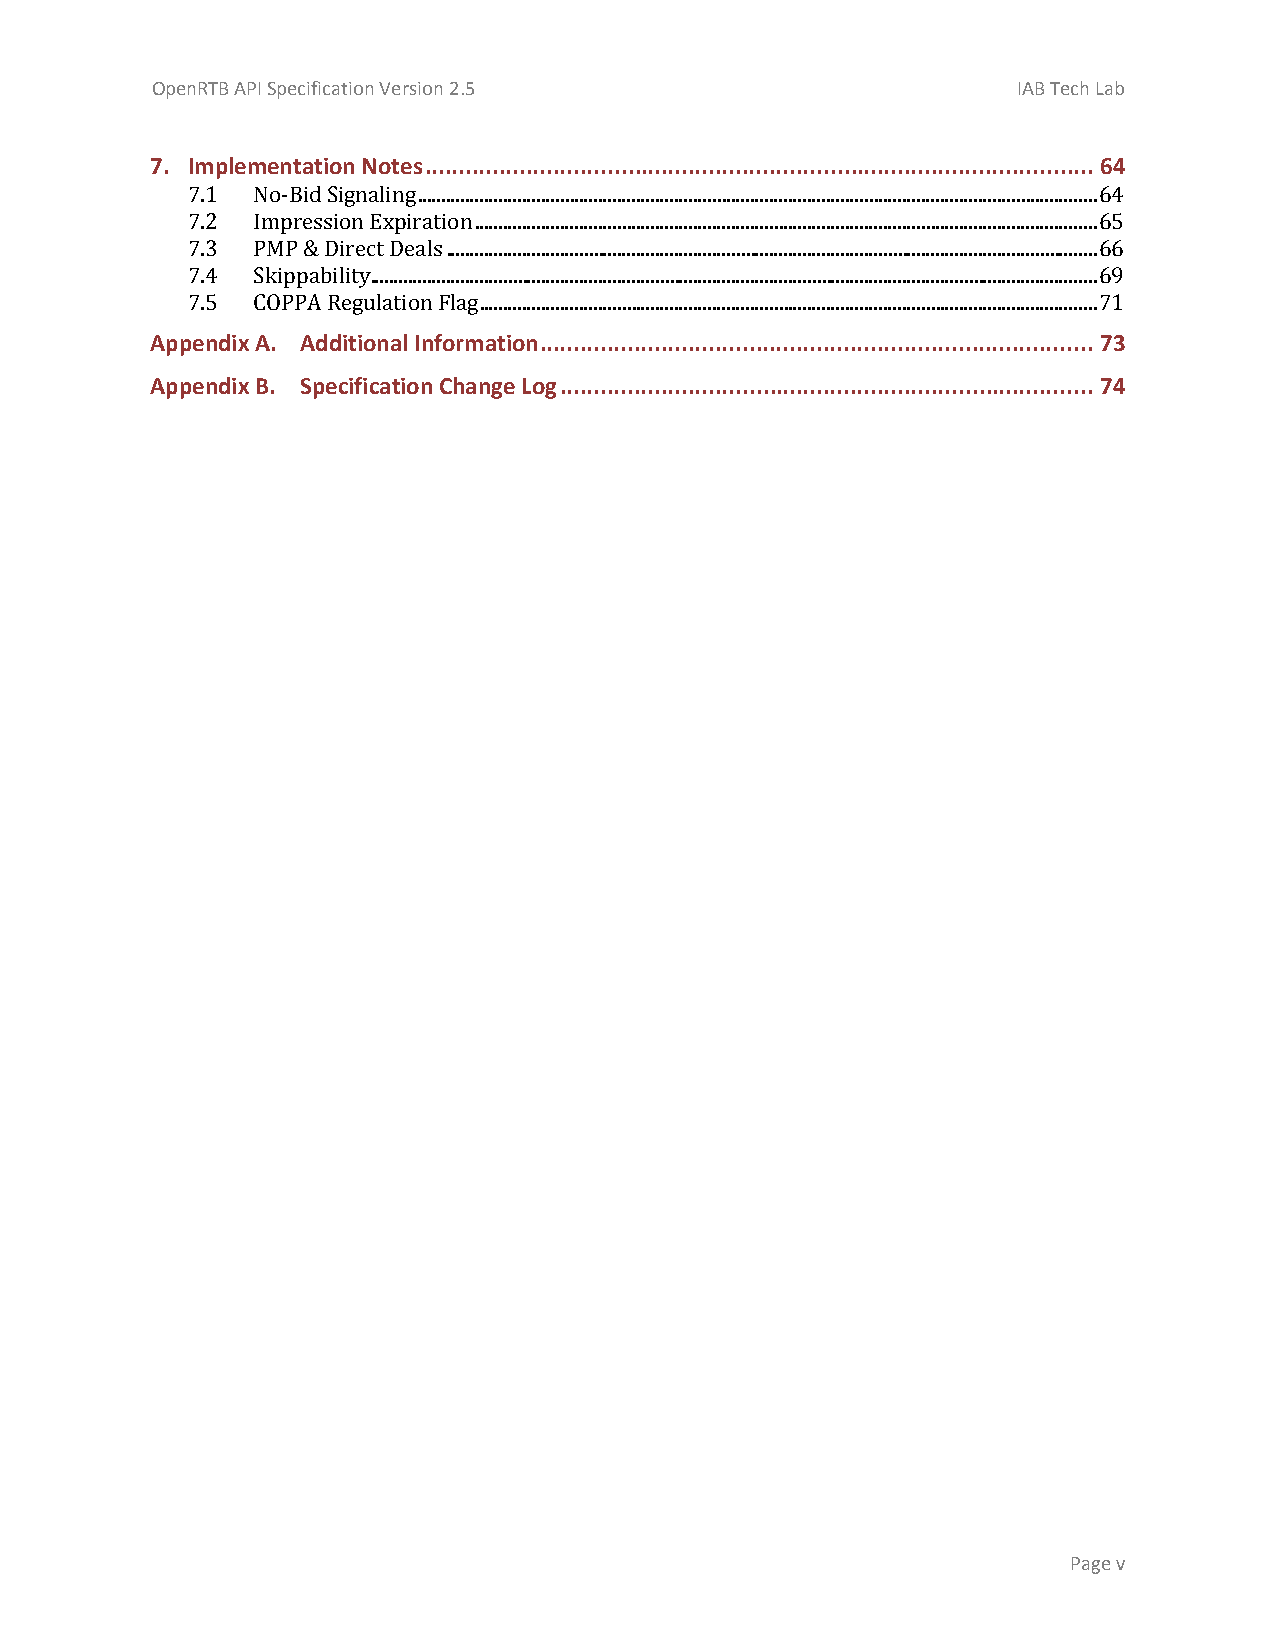
OpenRTB API Specification Version 2.5                    IAB Tech Lab
 7. Implementation Notes ................................................................................................... 64
 7.1  No-Bid Signaling ............................................................................................................................................... 64
 7.2  Impression Expiration ................................................................................................................................... 65
 7.3  PMP & Direct Deals ......................................................................................................................................... 66
 7.4  Skippability......................................................................................................................................................... 69
 7.5  COPPA Regulation Flag .................................................................................................................................. 71
 Appendix A. Additional Information .................................................................................. 73
 Appendix B. Specification Change Log ............................................................................... 74
 Page v